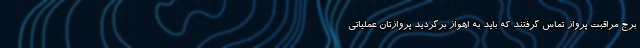
برج مراقبت پرواز تماس گرفتند که باید به اهواز برگردید پروازتان عملیاتی